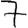
Digit: 7